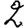
Digit: 2